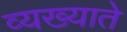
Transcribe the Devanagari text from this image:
व्यख्याते